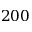
2 0 0